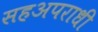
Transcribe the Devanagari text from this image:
सहअपराधी